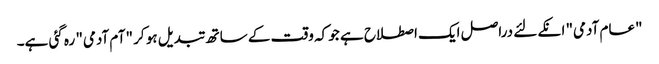
"عام آدمی" انکے لئے دراصل ایک اصطلاح ہے جو کہ وقت کے ساتھ تبدیل ہو کر "آم آدمی" رہ گئی ہے۔